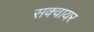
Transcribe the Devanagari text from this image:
सक्वायर